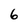
Character: 6